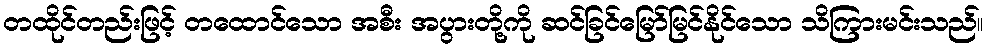
တထိုင်တည်းဖြင့် တထောင်သော အစီး အပွားတို့ကို ဆင်ခြင်မြော်မြင်နိုင်သော သိကြားမင်းသည်။